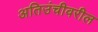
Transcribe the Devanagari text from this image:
अतिउंचीवरील